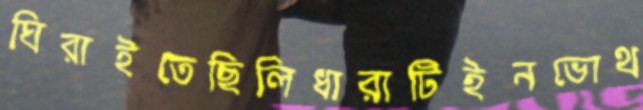
ঘিরাইতেছিলিধারাটিইনভোথ